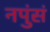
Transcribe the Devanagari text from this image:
नपुंसं